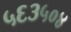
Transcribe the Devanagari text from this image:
५६३५०४